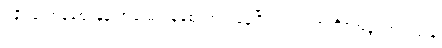
ရခိုင်မှာကုန်ဈေးနှုန်းအဆမတန်ဈေးတက်နေပြီး အလုပ်အကိုင်အခွင့်အလမ်းနဲ့